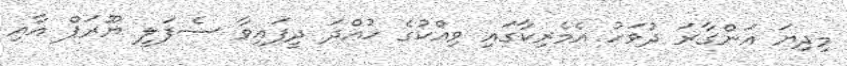
މިދިޔަ އަންގާރަ ދުވަހު އެމެރިކާގައި ވިއްކުގެ ހުއްދަ ދީފައިވާ ސެފަލީ ޔޫރަޕް އާއި